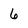
Character: 6